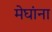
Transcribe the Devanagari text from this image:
मेघांना